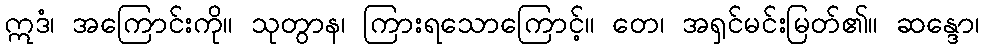
ဣဒံ၊ အကြောင်းကို။ သုတွာန၊ ကြားရသောကြောင့်။ တေ၊ အရှင်မင်းမြတ်၏။ ဆန္ဒော၊